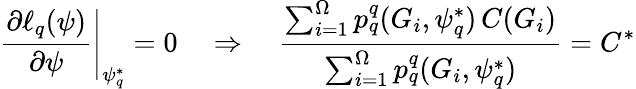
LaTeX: \left.\frac{\partial\ell_{q}(\psi)}{\partial\psi}\right|_{\psi_{q}^{*}}=0\quad\Rightarrow\quad\frac{\sum_{i=1}^{\Omega}p_{q}^{q}(G_{i},\psi_{q}^{*})\, C(G_{i})}{\sum_{i=1}^{\Omega}p_{q}^{q}(G_{i},\psi_{q}^{*})}=C^{*}